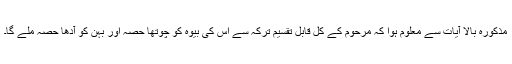
مذکورہ بالا آیات سے معلوم ہوا کہ مرحوم کے کل قابلِ تقسیم ترکہ سے اس کی بیوہ کو چوتھا حصہ اور بہن کو آدھا حصہ ملے گا۔